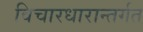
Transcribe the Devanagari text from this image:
विचारधारान्तर्गत